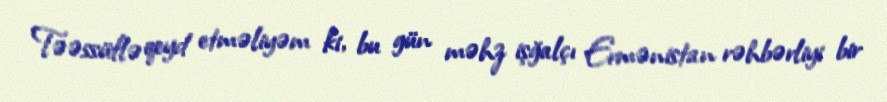
Təəssüflə qeyd etməliyəm ki, bu gün məhz işğalçı Ermənistan rəhbərliyi bir